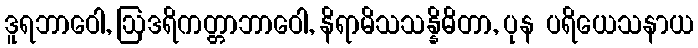
ဒူရဘာဝေါ, ဩဒရိကတ္တာဘာဝေါ, နိရာမိသသန္နိဓိတာ, ပုန ပရိယေသနာယ